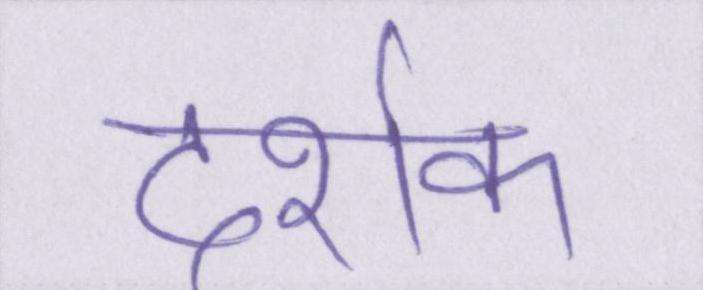
दर्शक